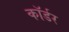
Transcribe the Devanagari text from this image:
कॉर्डर